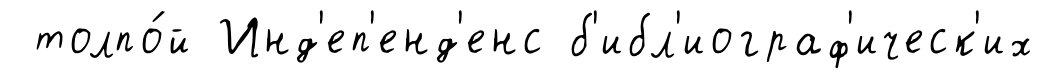
толпо́й Инд'еп'енд'енс б'ибл'иограф'ическ'их